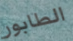
الطابور